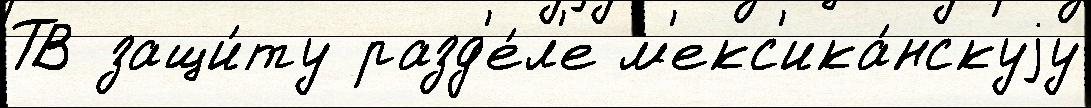
ТВ защи́ту разд'е́л'е м'екс'ика́нскуjу